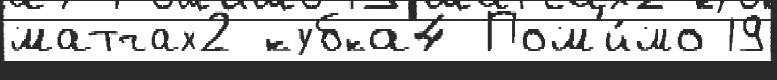
матчах2 кубка4 Пом'и́мо 19